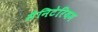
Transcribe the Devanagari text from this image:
सैनिटेरियम